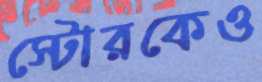
স্টোরকেও